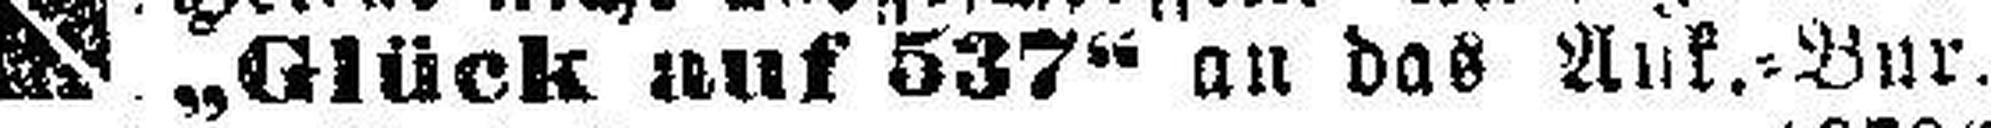
„Glück auf 537“ an das Ank.=Bur.